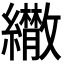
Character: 𦇕